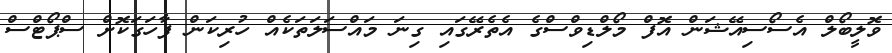
ވޮލީބޯލް އެސޯސިއޭޝަން އޮފް މޯލްޑިވްސްގެ އެތެރޭގައި ގިނަ މައްސަލަތަކެއް ހުރިކަން ފާހަގަކޮށް ސްޕޯޓްސް